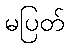
မပြတ်